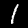
Digit: 1